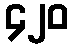
၄၂၀